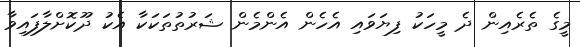
މީގެ ތެރެއިން ދެ މީހަކު ފިޔަވައި އެހެން އެންމެން ޝަރުތުތަކަކާ އެކު ދޫކޮށްލާފައިވާ